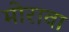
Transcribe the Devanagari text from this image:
मोरावा